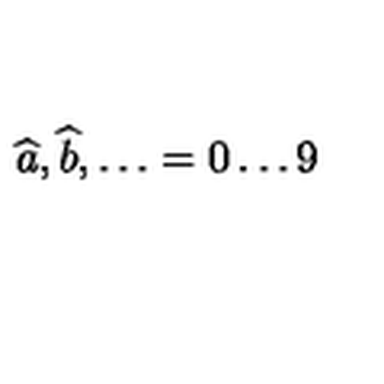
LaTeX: \widehat { a } , \widehat { b } , \ldots = 0 \ldots 9